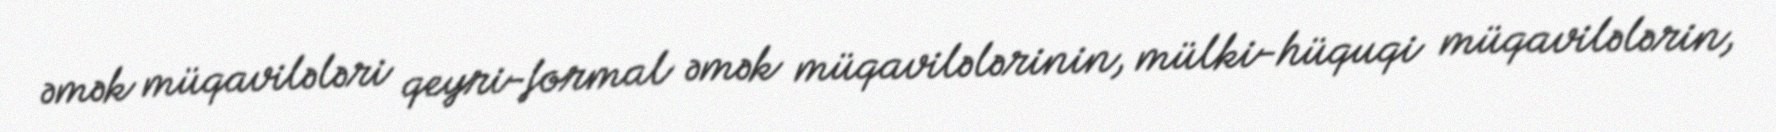
əmək müqavilələri qeyri-formal əmək müqavilələrinin, mülki-hüquqi müqavilələrin,